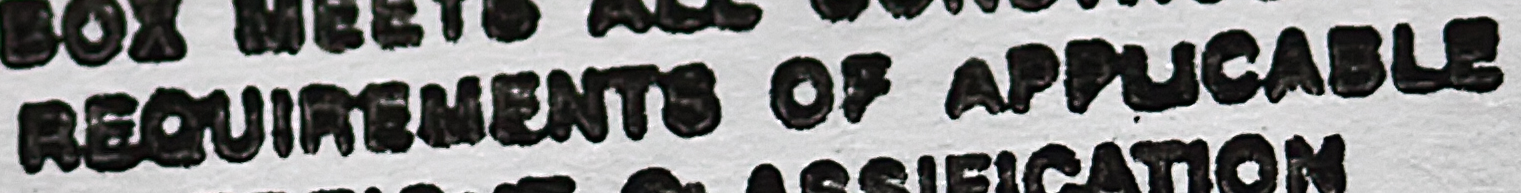
REQUIREMENTS OF APPUCABLE